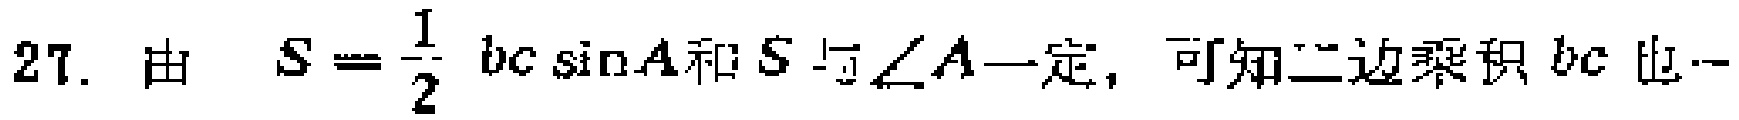
27. 由 \(S = \frac{1}{2}bc\sin A\)和\(S\)与\(\angle A\)一定，可知二边乘积\(bc\)也一